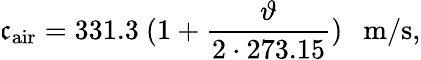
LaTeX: \mathfrak{c}_{\mathrm{{air}}}=331.3~(1+{\frac{{\vartheta}}{{2\cdot273.15}}})~~~\mathrm{{m/s}},